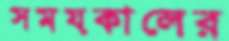
সময়কালের